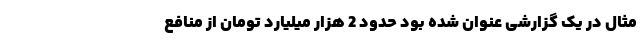
مثال در یک گزارشی عنوان شده بود حدود 2 هزار میلیارد تومان از منافع